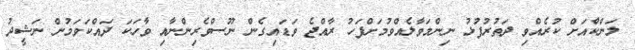
ލަންކާްއަށް ކުރެއްވި ދަތުރުފުޅު ނިންމަވާލެއްވުމަށްފަހު ރާއްޖެ ވަޑައިގެން ނޫސްވެރިންނާއި ވާހަކަ ދައްކަވަމުން ނަޝީދު